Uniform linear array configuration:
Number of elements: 32
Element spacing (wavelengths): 0.5
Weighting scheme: cosine
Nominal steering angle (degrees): -45
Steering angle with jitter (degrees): -46.55
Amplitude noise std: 0.05
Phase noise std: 0.05

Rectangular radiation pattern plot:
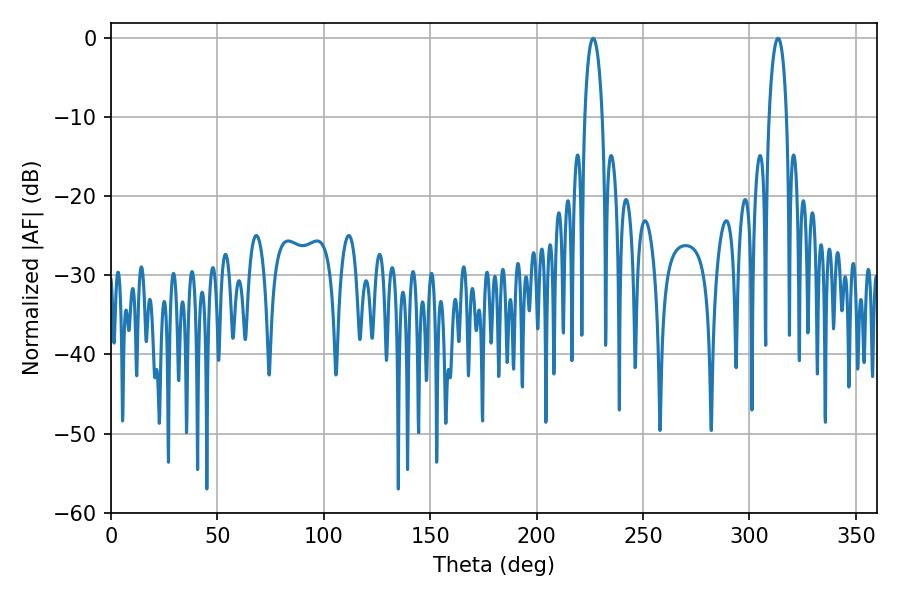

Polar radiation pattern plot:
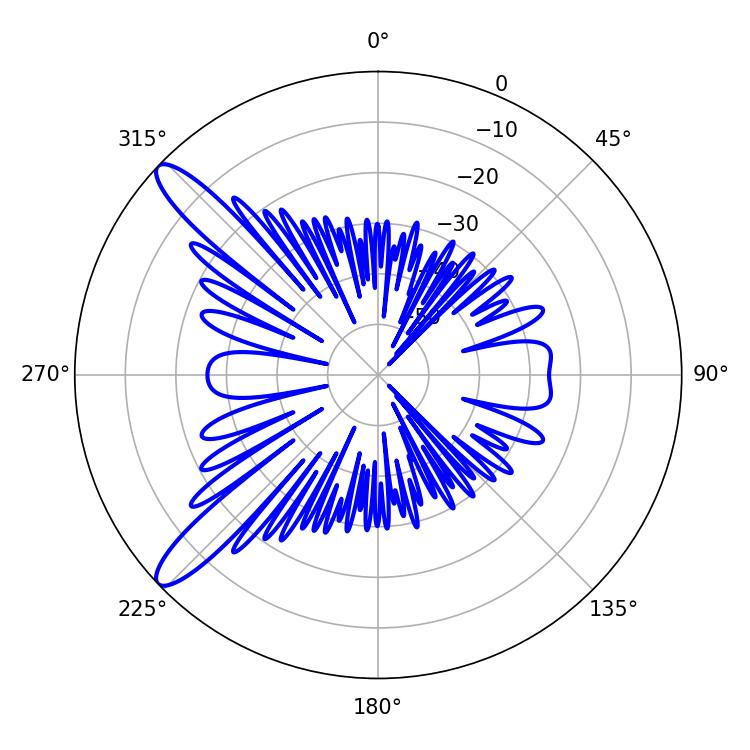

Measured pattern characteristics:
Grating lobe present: FALSE
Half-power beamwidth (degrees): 4.68
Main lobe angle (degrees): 313.38